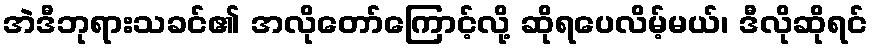
အဲဒီဘုရားသခင်၏ အလိုတော်ကြောင့်လို့ ဆိုရပေလိမ့်မယ်၊ ဒီလိုဆိုရင်